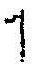
1